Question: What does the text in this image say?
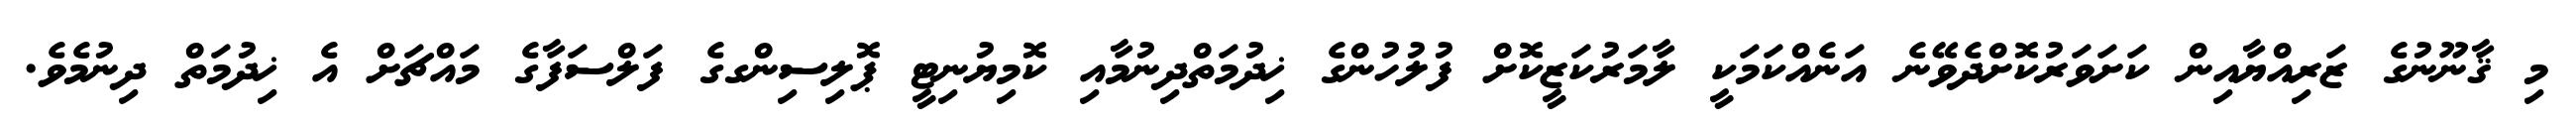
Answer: މި ޤާނޫނުގެ ޒަރިއްޔާއިން ކަށަވަރުކޮށްދެވޭނެ އަނެއްކަމަކީ ލާމަރުކަޒީކޮށް ފުލުހުންގެ ޚިދުމަތްދިނުމާއި ކޮމިޔުނިޓީ ޕޮލިސިންގގެ ފަލްސަފާގެ މައްޗަށް އެ ޚިދުމަތް ދިނުމެވެ.